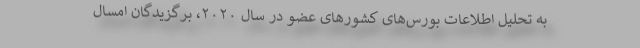
به تحلیل اطلاعات بورس‌های کشورهای عضو در سال ۲۰۲۰، برگزیدگان امسال